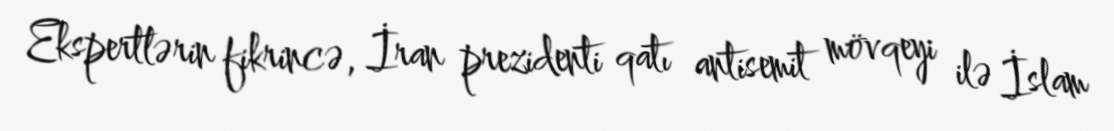
Ekspertlərin fikrincə, İran prezidenti qatı antisemit mövqeyi ilə İslam